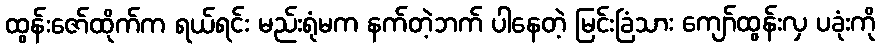
ထွန်းဇော်ထိုက်က ရယ်ရင်း မည်းရုံမက နက်တဲ့ဘက် ပါနေတဲ့ မြင်းခြံသား ကျော်ထွန်းလှ ပခုံးကို